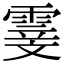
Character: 𮦢